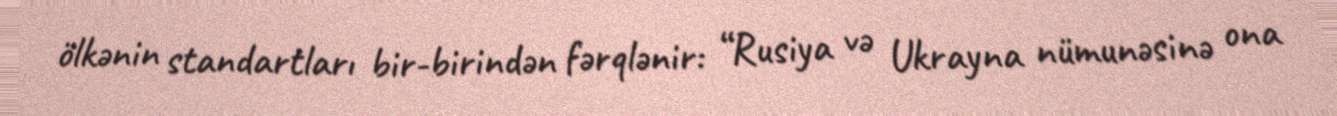
ölkənin standartları bir-birindən fərqlənir: “Rusiya və Ukrayna nümunəsinə ona